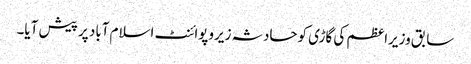
سابق وزیراعظم کی گاڑی کوحادثہ زیروپوائنٹ اسلام آباد پر پیش آیا۔